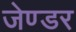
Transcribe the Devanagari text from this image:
जेण्डर